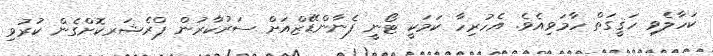
ކަހާލެވި ހަޤީގަތް ހާމަވިއެވެ. އެހުރިހާ ކަމަކީ ޓޯނީ ފެނާންޑޭޒްއަށް ސަރުކާރުން ޕްރެޝަރކޮށްގެން ކުރުވި